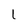
Character: 1